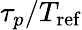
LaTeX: \tau_{p}/T_{\mathrm{ref}}